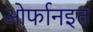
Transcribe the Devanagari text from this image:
ओर्फानइत